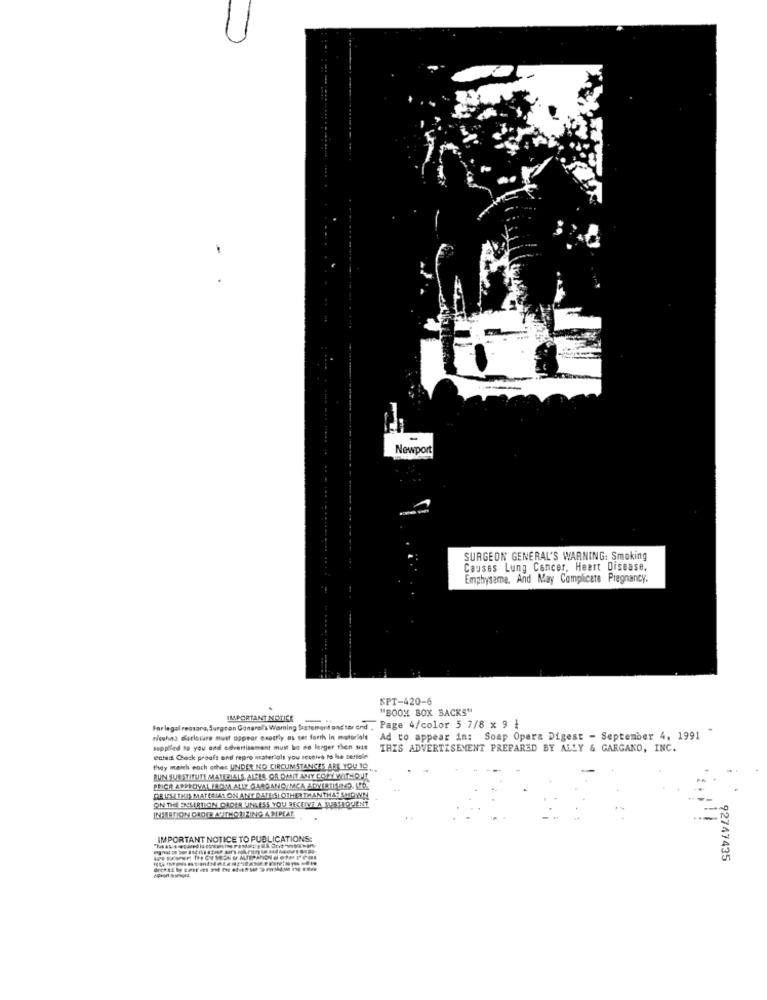
-
Newport
......
SURGEON GENERAL'S WARNING: Smoking
Causes Lung Cancer, Heart Disease,
Emphysema, And May Complicate Pregnancy.
KPT-420-6
"BOOM BOX BACKS"
IMPORTANT NOTICE
...
Forlegal reasons, Surgran Canaral's Warning Sistemert andtor end . Page 4/color 5 7/8 x 9 }
ricohna sarlstare must appear exactly es set forth in motoriale
Ad to appear in: Soap Opera Digest - September 4, 1991
supplied to you ond advertisement must be no larger then ute
THIS ADVERTISEMENT PREPARED BY ALLY & GARGANO, INC.
rectadi Check proofs and repro materials you receive to be certain
they match eoch other UNDER NO CIRCUMSTANCES ARE YOU 10,
BUN SUBSTITUTE MATERIALS, ALLES OR DANET ANY COPY WITHOUT
PRICE ASPROVAL IROM ALLT GARGANO/MCA ADVERTILINES, LED.
DEUS THIS MATERIAL ON ANY DATESSI OTHER THAN THAT SHOWN
INSERTION GROTE ACITHOR PING & PEPEAT
ON THEENSERTICIN OROER UNLESS YOU RECEIVE A MARSHQUIENT
IMPORTANT NOTICE TO PUBLICATIONS:
92747435